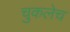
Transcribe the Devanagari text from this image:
चुकलेच